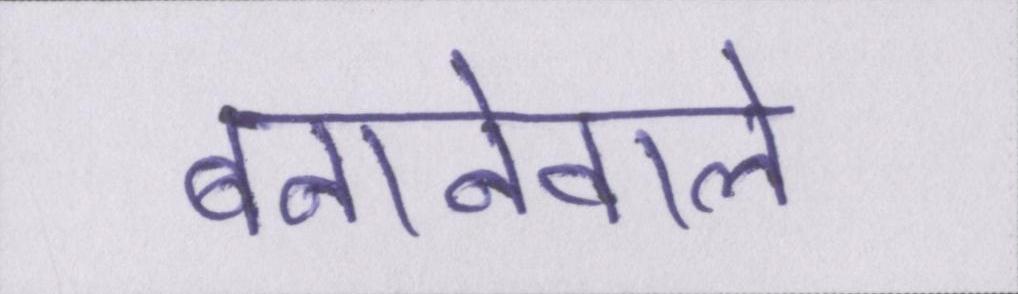
बनानेवाले